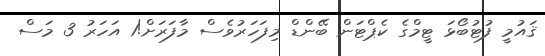
ޤައުމީ ފުޓުބޯޅަ ޓީމްގެ ކެޕްޓަން ބޭންޑް މިފަހަރުވެސް މާފަރަށް!1 އަހަރު 3 މަސް